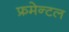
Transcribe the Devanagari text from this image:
फ्रमेन्टल